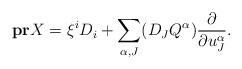
LaTeX: \begin{align*}\bold{pr}X=\xi^iD_i+\sum_{\alpha,J}(D_JQ^{\alpha})\frac{\partial}{\partial u_J^{\alpha}}.\end{align*}